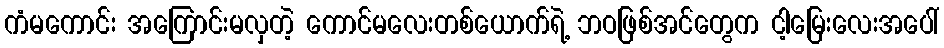
ကံမကောင်း အကြောင်းမလှတဲ့ ကောင်မလေးတစ်ယောက်ရဲ့ ဘဝဖြစ်အင်တွေက ငါ့မြေးလေးအပေါ်